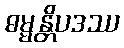
ဓမ္မန္တိပဒဿ